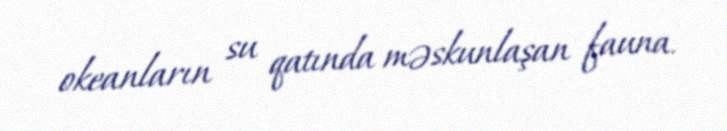
okeanların su qatında məskunlaşan fauna.